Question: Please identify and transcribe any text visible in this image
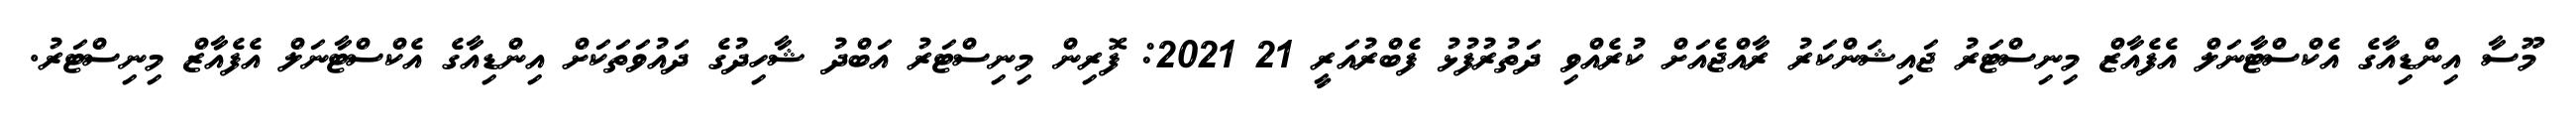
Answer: މޫސާ އިންޑިއާގެ އެކްސްޓާނަލް އެފެއާޒް މިނިސްޓަރު ޖައިޝަންކަރު ރާއްޖެއަށް ކުރެއްވި ދަތުރުފުޅު ފެބްރުއަރީ 21 2021: ފޮރިން މިނިސްޓަރު އަބްދު ޝާހިދުގެ ދައުވަތަކަށް އިންޑިއާގެ އެކްސްޓާނަލް އެފެއާޒް މިނިސްޓަރު.